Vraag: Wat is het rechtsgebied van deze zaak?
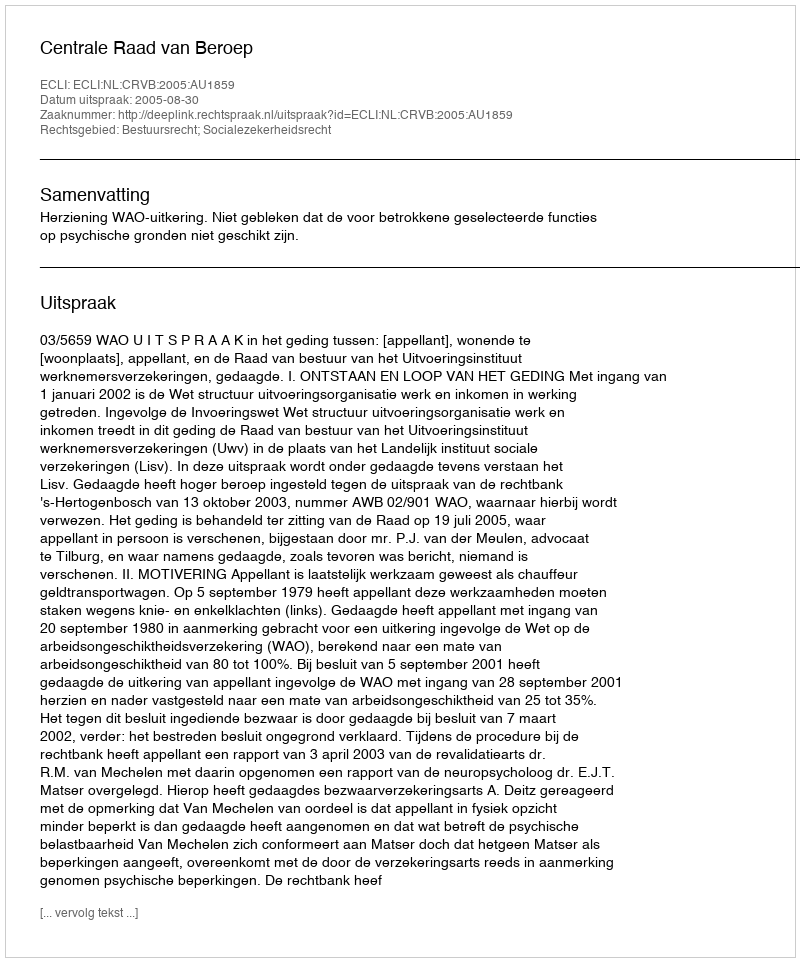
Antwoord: Bestuursrecht; Socialezekerheidsrecht